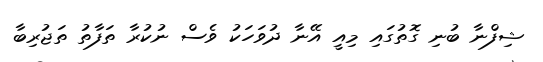
ޝިފްނާ ބުނި ގޮތުގައި މިއީ އޭނާ ދުވަހަކު ވެސް ނުކުރާ ތަފާތު ތަޖުރިބާ